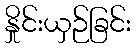
နှိုင်းယှဉ်ခြင်း